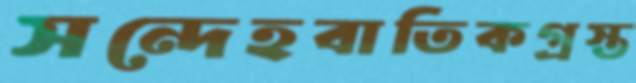
সন্দেহবাতিকগ্রস্ত